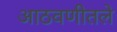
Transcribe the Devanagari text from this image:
आठवणीतले